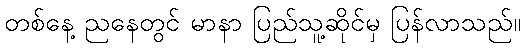
တစ်နေ့ ညနေတွင် မာနာ ပြည်သူ့ဆိုင်မှ ပြန်လာသည်။